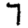
Digit: 7